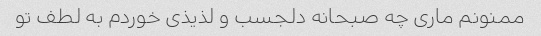
ممنونم مارى چه صبحانه دلجسب و لذیذى خوردم به لطف تو